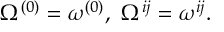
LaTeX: \Omega ^ { ( 0 ) } = \omega ^ { ( 0 ) } , \ \Omega ^ { i j } = \omega ^ { i j } .